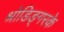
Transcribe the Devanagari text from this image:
श्रोडिङ्गरके